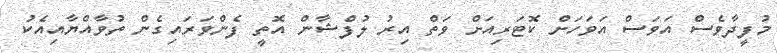
މުފީދާވެސް އަވަސް އަވަހަށް ކޮޓަރިއަށް ވަތް އިރު ލުފްޝާން އޮތީ ފެންވަރައިގެން ތުވާއްޔާއިއެކު